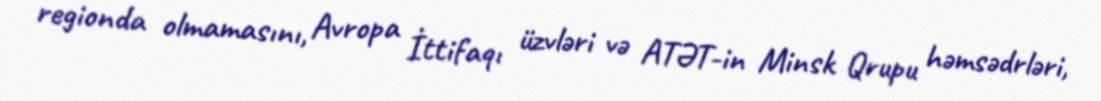
regionda olmamasını, Avropa İttifaqı üzvləri və ATƏT-in Minsk Qrupu həmsədrləri,